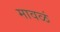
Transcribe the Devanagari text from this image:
मावळं